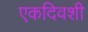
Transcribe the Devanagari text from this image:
एकदिवशी